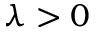
\lambda > 0